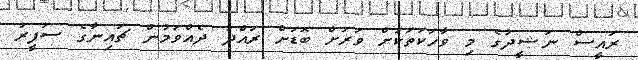
ރައީސް ނަޝީދުގެ މި ވާހަކަތަކަށް ވަރަށް ބޮޑަށް ރައްދު ދެއްވަމުން ޗައިނާގެ ސަފީރު